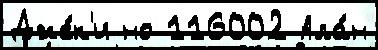
Дже́к'и но 116002 Ала́н